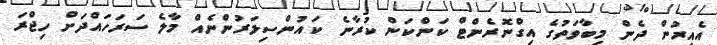
އެއިރުން ދެން މިބާވަތުގެ އިގްނޮރެންޓް ކަންކަން ކުރާނެ ކައުންސިލަރުންނެއް މާލެ ސަރަހައްދަށް ހިޖްރަ